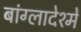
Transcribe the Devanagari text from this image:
बांग्लादेश्में